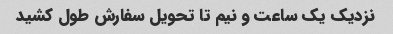
نزدیک یک ساعت و نیم تا تحویل سفارش طول کشید